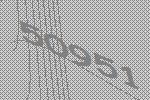
50951